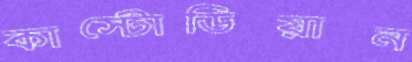
কাস্টোডিয়ান